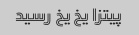
پیتزا یخ یخ رسید